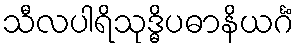
သီလပါရိသုဒ္ဓိပဓာနိယင်္ဂံ